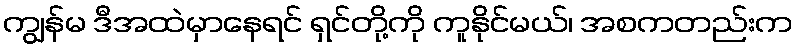
ကျွန်မ ဒီအထဲမှာနေရင် ရှင်တို့ကို ကူနိုင်မယ်၊ အစကတည်းက